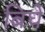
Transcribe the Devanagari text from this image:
बिघे